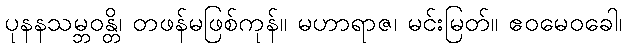
ပုနနသမ္ဘဝန္တိ၊ တဖန်မဖြစ်ကုန်။ မဟာရာဇ၊ မင်းမြတ်။ ဧဝမေဝခေါ၊